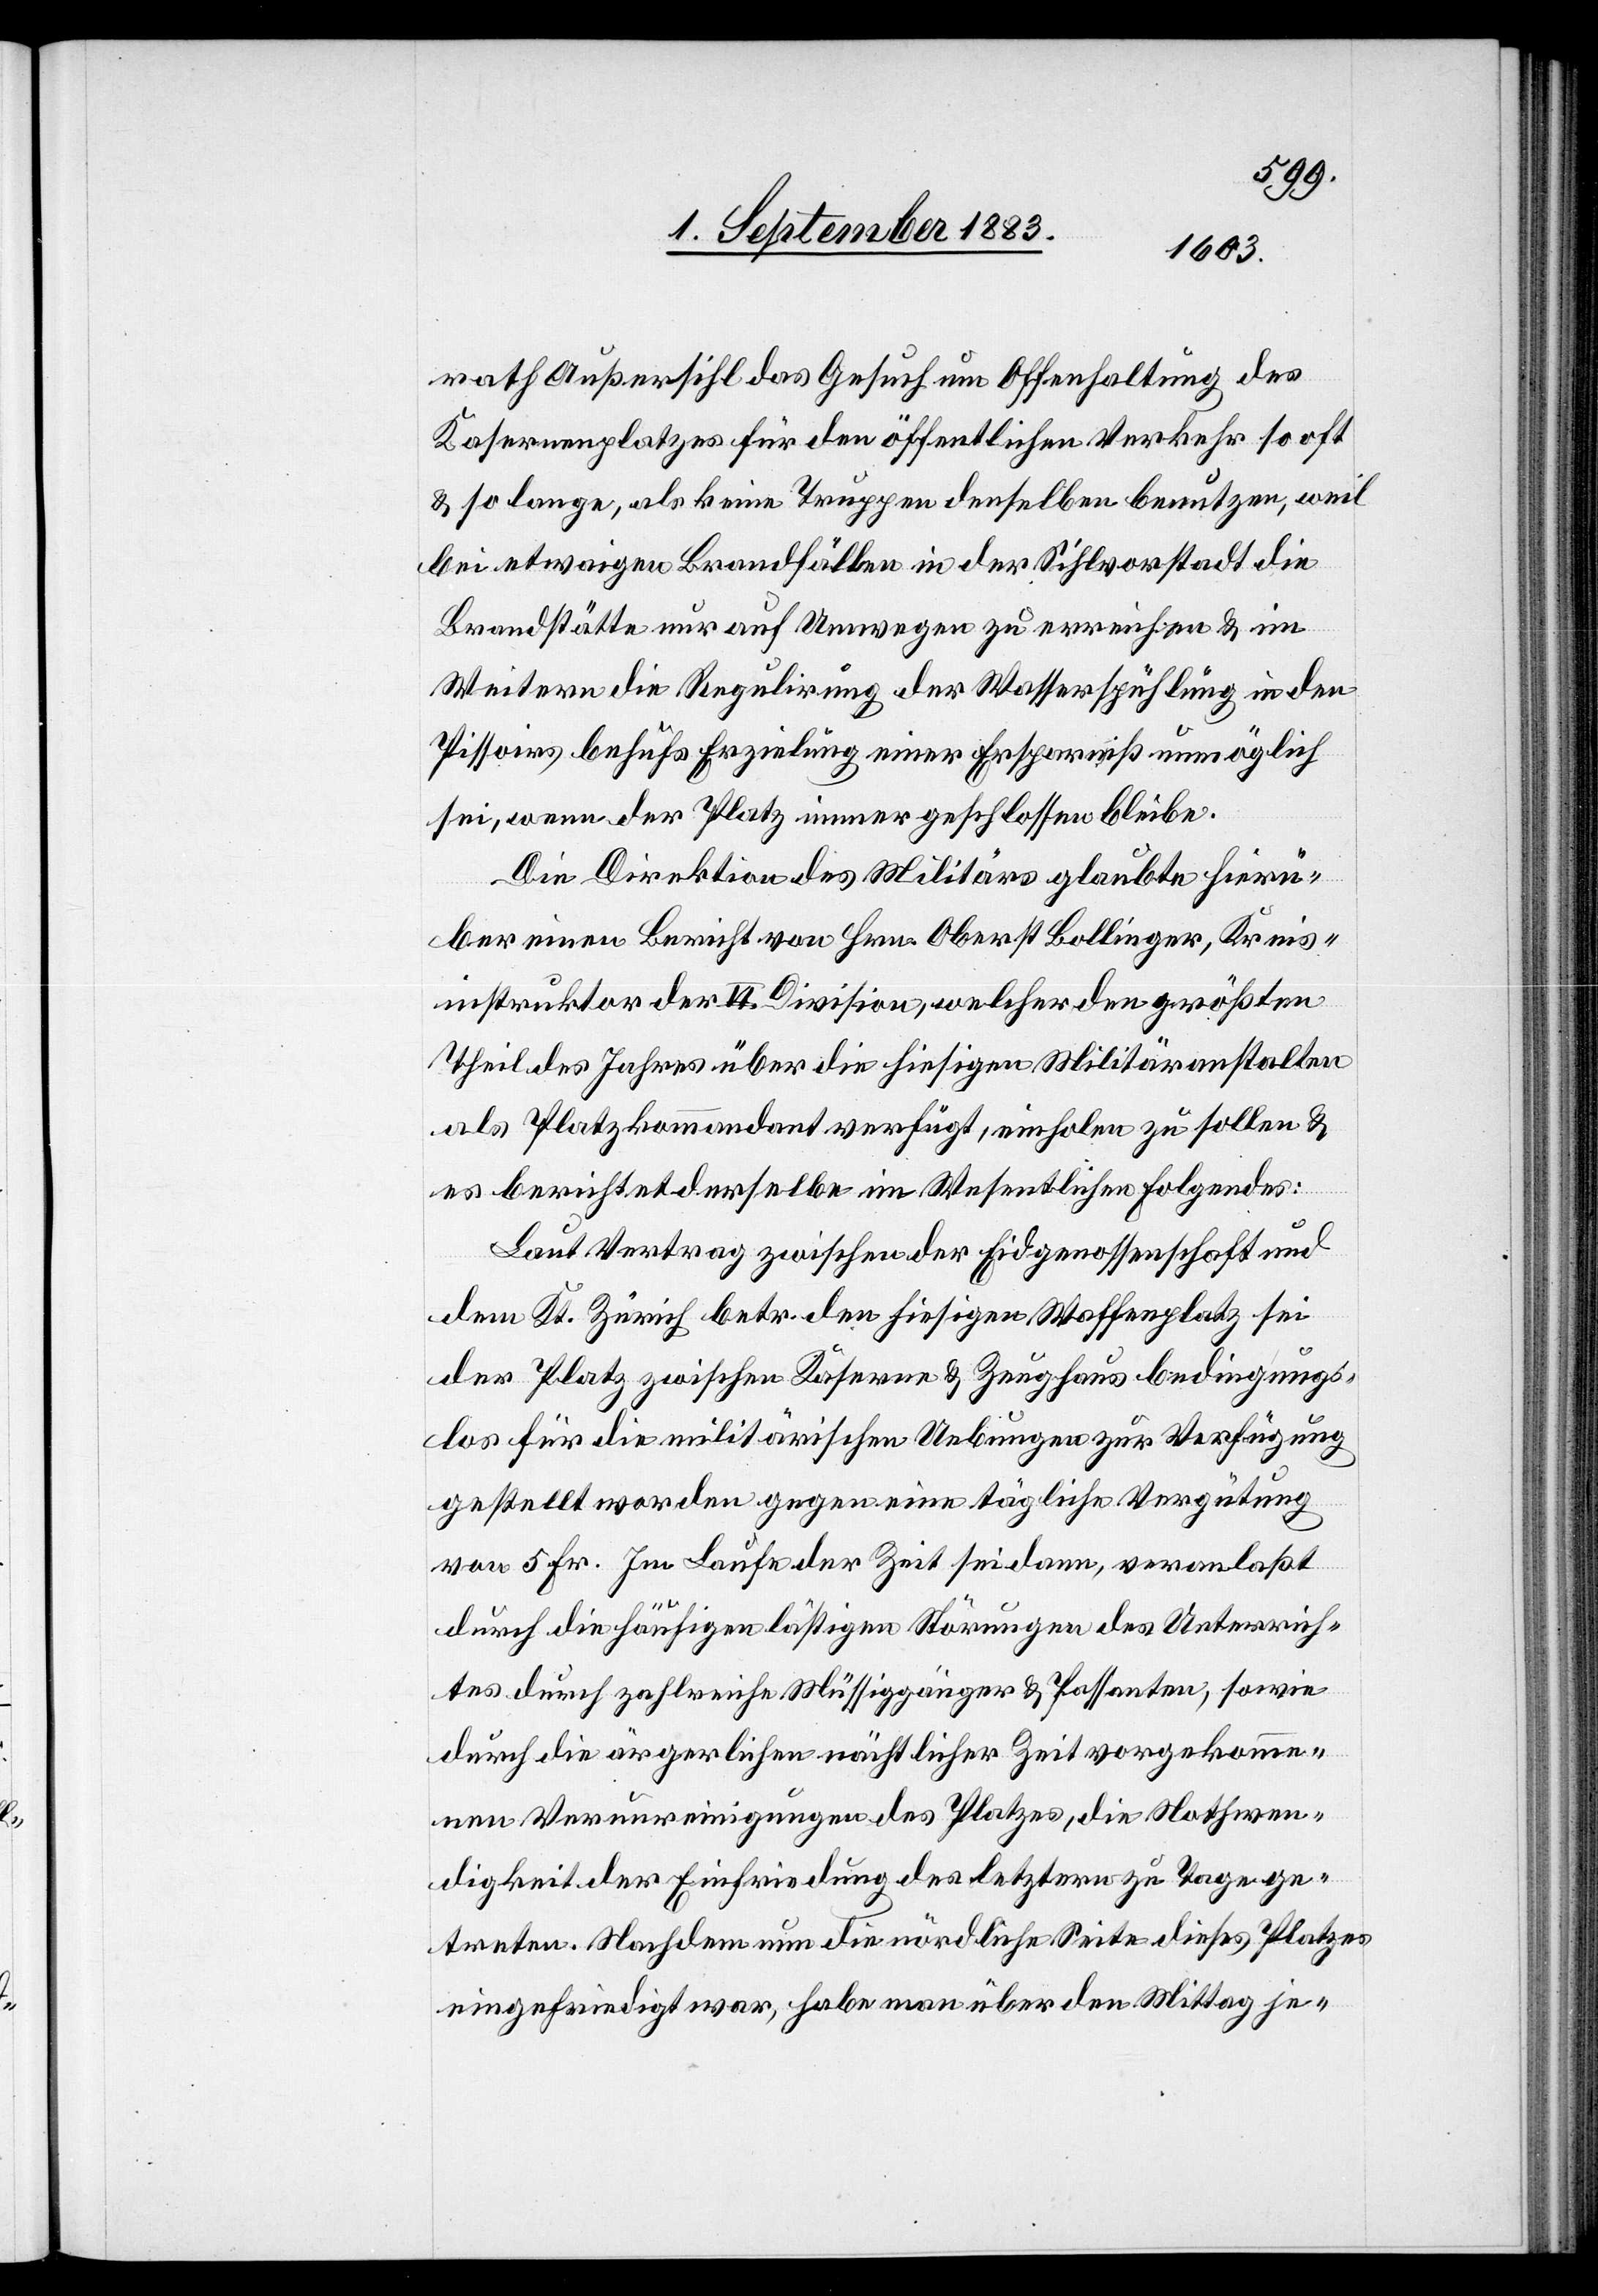
rath Außersihl das Gesuch um Offenhaltung des
Kasernenplatzes für den öffentlichen Verkehr so oft
& so lange, als keine Truppen denselben benutzen, weil
bei etwaigen Brandfällen in der Sihlvorstadt die
Brandstätte nur auf Umwegen zu erreichen & im
Weitern die Regulirung der Wasserspühlung in den
Pissoirs behufs Erzielung einer Ersparniß unmöglich
sei, wenn der Platz immer geschlossen bleibe.
Die Direktion des Militärs glaubte hierü¬
ber einen Bericht von Hrn. Oberst Bollinger, Kreis¬
instruktor der VI. Division, welcher den größten
Theil des Jahres über die hiesigen Militäranstalten
als Platzkommandant verfügt, einholen zu sollen &
es berichtet derselbe im Wesentlichen Folgendes:
Laut Vertrag zwischen der Eidgenossenschaft und
dem Kt. Zürich betr. den hiesigen Waffenplatz sei
der Platz zwischen Kaserne & Zeughaus bedingungs¬
los für die militärischen Uebungen zur Verfügung
gestellt worden gegen eine tägliche Vergütung
von 5 Fr. Im Laufe der Zeit seien dann, veranlaßt
durch die häufigen lästigen Störungen des Unterrich¬
tes durch zahlreiche Müssiggänger & Passanten, sowie
durch die ärgerlichen nächtlicher Zeit vorgekomme¬
nen Verunreinigungen des Platzes, die Nothwen¬
digkeit der Einfriedung des letztern zu Tage ge¬
treten. Nachdem nun die nördliche Seite dieses Platzes
eingefriedigt war, habe man über den Mittag je-